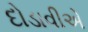
દોડાવીએ